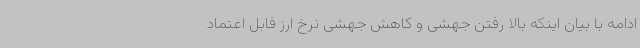
ادامه با بیان اینکه بالا رفتن جهشی و کاهش جهشی نرخ ارز قابل اعتماد